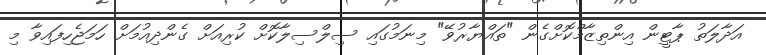
އަދާލަތު ޕާޓީން އިންތިޒާމްކޮށްގެން "ތައްޔާރުވޭ" މިނަމުގައި ސިލްސިލާކޮށް ކުރިއަށް ގެންދިއުމަށް ހަމަޖެހިފައިވާ މި